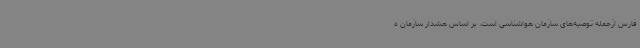
فارس ازجمله توصیه‌های سازمان هواشناسی است. بر اساس هشدار سازمان ه